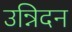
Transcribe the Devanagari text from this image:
उन्निदन